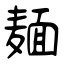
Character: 麺